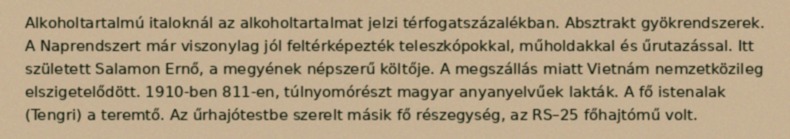
Alkoholtartalmú italoknál az alkoholtartalmat jelzi térfogatszázalékban. Absztrakt gyökrendszerek. A Naprendszert már viszonylag jól feltérképezték teleszkópokkal, műholdakkal és űrutazással. Itt született Salamon Ernő, a megyének népszerű költője. A megszállás miatt Vietnám nemzetközileg elszigetelődött. 1910-ben 811-en, túlnyomórészt magyar anyanyelvűek lakták. A fő istenalak (Tengri) a teremtő. Az űrhajótestbe szerelt másik fő részegység, az RS–25 főhajtómű volt.